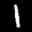
Label: 1